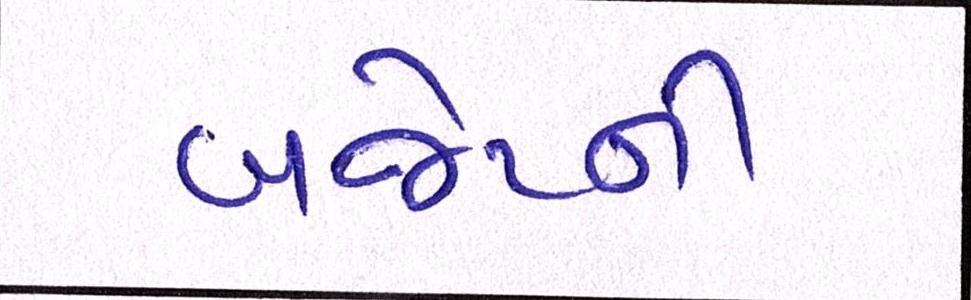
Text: બજેટની